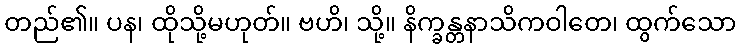
တည်၏။ ပန၊ ထိုသို့မဟုတ်။ ဗဟိ၊ သို့။ နိက္ခန္တနာသိကဝါတေ၊ ထွက်သော